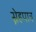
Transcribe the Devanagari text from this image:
स्नेहपात्र